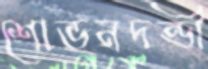
শোভনদন্ডী